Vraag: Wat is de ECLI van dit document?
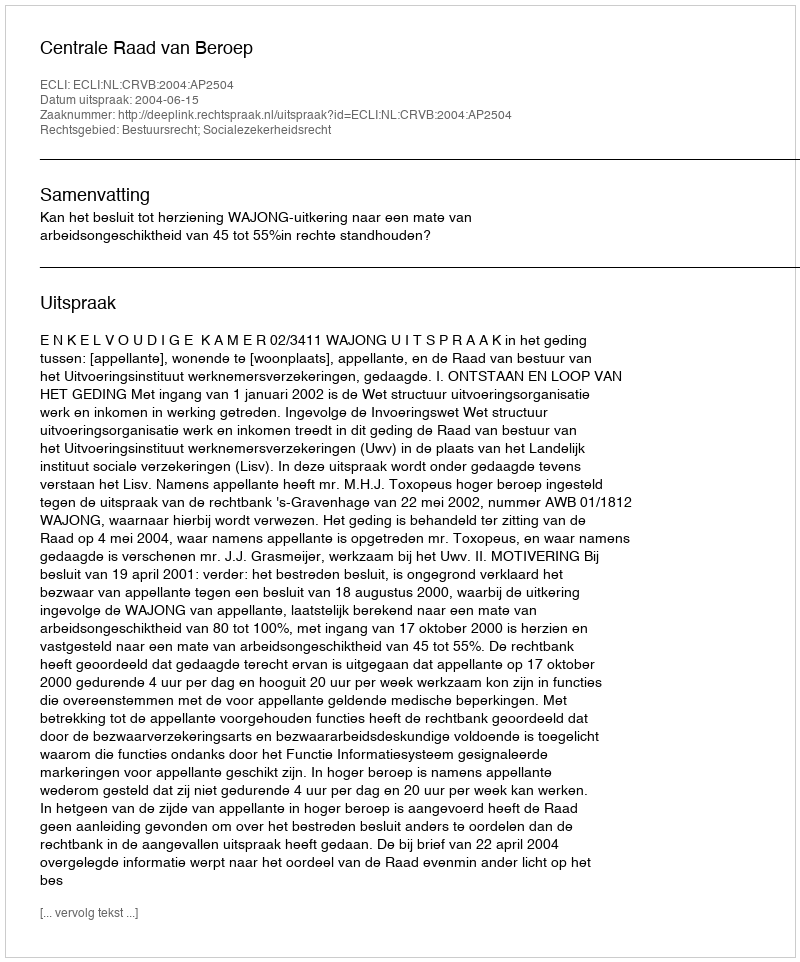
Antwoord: ECLI:NL:CRVB:2004:AP2504